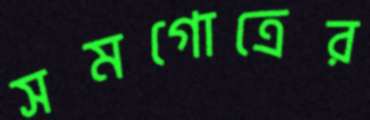
সমগোত্রের